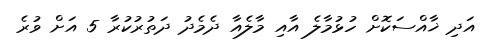
އަދި ޚާއްސަކޮށް ހުޅުމާލެ އާއި މާލެއާ ދެމެދު ދަތުރުކުރާ 5 އަށް ވުރެ